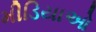
મીડિયાઓ